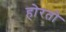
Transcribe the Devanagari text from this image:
होरतो